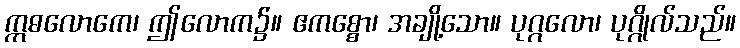
ဣဓလောကေ၊ ဤလောက၌။ ဧကစ္စော၊ အချို့သော။ ပုဂ္ဂလော၊ ပုဂ္ဂိုလ်သည်။